Indian journal of veterinary science and animal husbandry - Volume 13,
Year: 1943
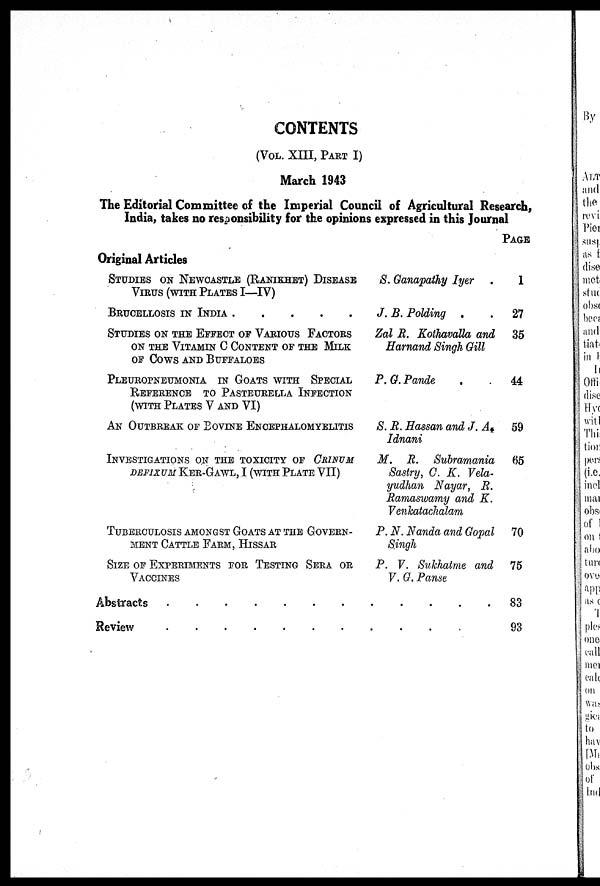
CONTENTS
(VOL. XIII, PART I)
March 1943
The Editorial Committee of the Imperial Council of Agricultural Research,
India, takes no responsibility for the opinions expressed in this Journal
Original Articles
STUDIES ON NEWCASTLE (RANIKHET) DISEASE
VIRUS (WITH PLATES I—IV)
BRUCELLOSIS IN INDIA
.
.
.
.
.
STUDIES ON THE EFFECT OF VARIOUS FACTORS
ON THE VITAMIN C CONTENT OF THE MILK
OF COWS AND BUFFALOES
PLEUROPNEUMONIA IN GOATS WITH SPECIAL
REFERENCE TO PASTEURELLA INFECTION
(WITH PLATES V AND VI)
AN OUTBREAK OF BOVINE ENCEPHALOMYELITIS
INVESTIGATIONS ON THE TOXICITY OF CRINUM
DEFIXUM KER-GAWL, I (WITH PLATE VII)
TUBERCULOSIS AMONGST GOATS AT THE GOVERN-
MENT CATTLE FARM, HISSAR
SIZE OF EXPERIMENTS FOR TESTING SERA OR
VACCINES
S. Ganapathy Iyer
.
J. B. Polding . .
Zal R. Kothavalla and
Harnand Singh Gill
P. G. Pande
S. R. Hassan and J. A.
Idnani
M. R.
Subramania
Sastry, C. K. Vela-
yudhan Nayar, R.
Ramaswamy and K.
Venkatachalam
P. N. Nanda and Gopal
Singh
P. V. Sukhatme and
V. G. Panse
Abstracts . . . . . . . . . . . .
Review . . . . . . . . . . . .
PAGE
1
27
35
44
59
65
70
75
83
93